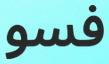
فسو